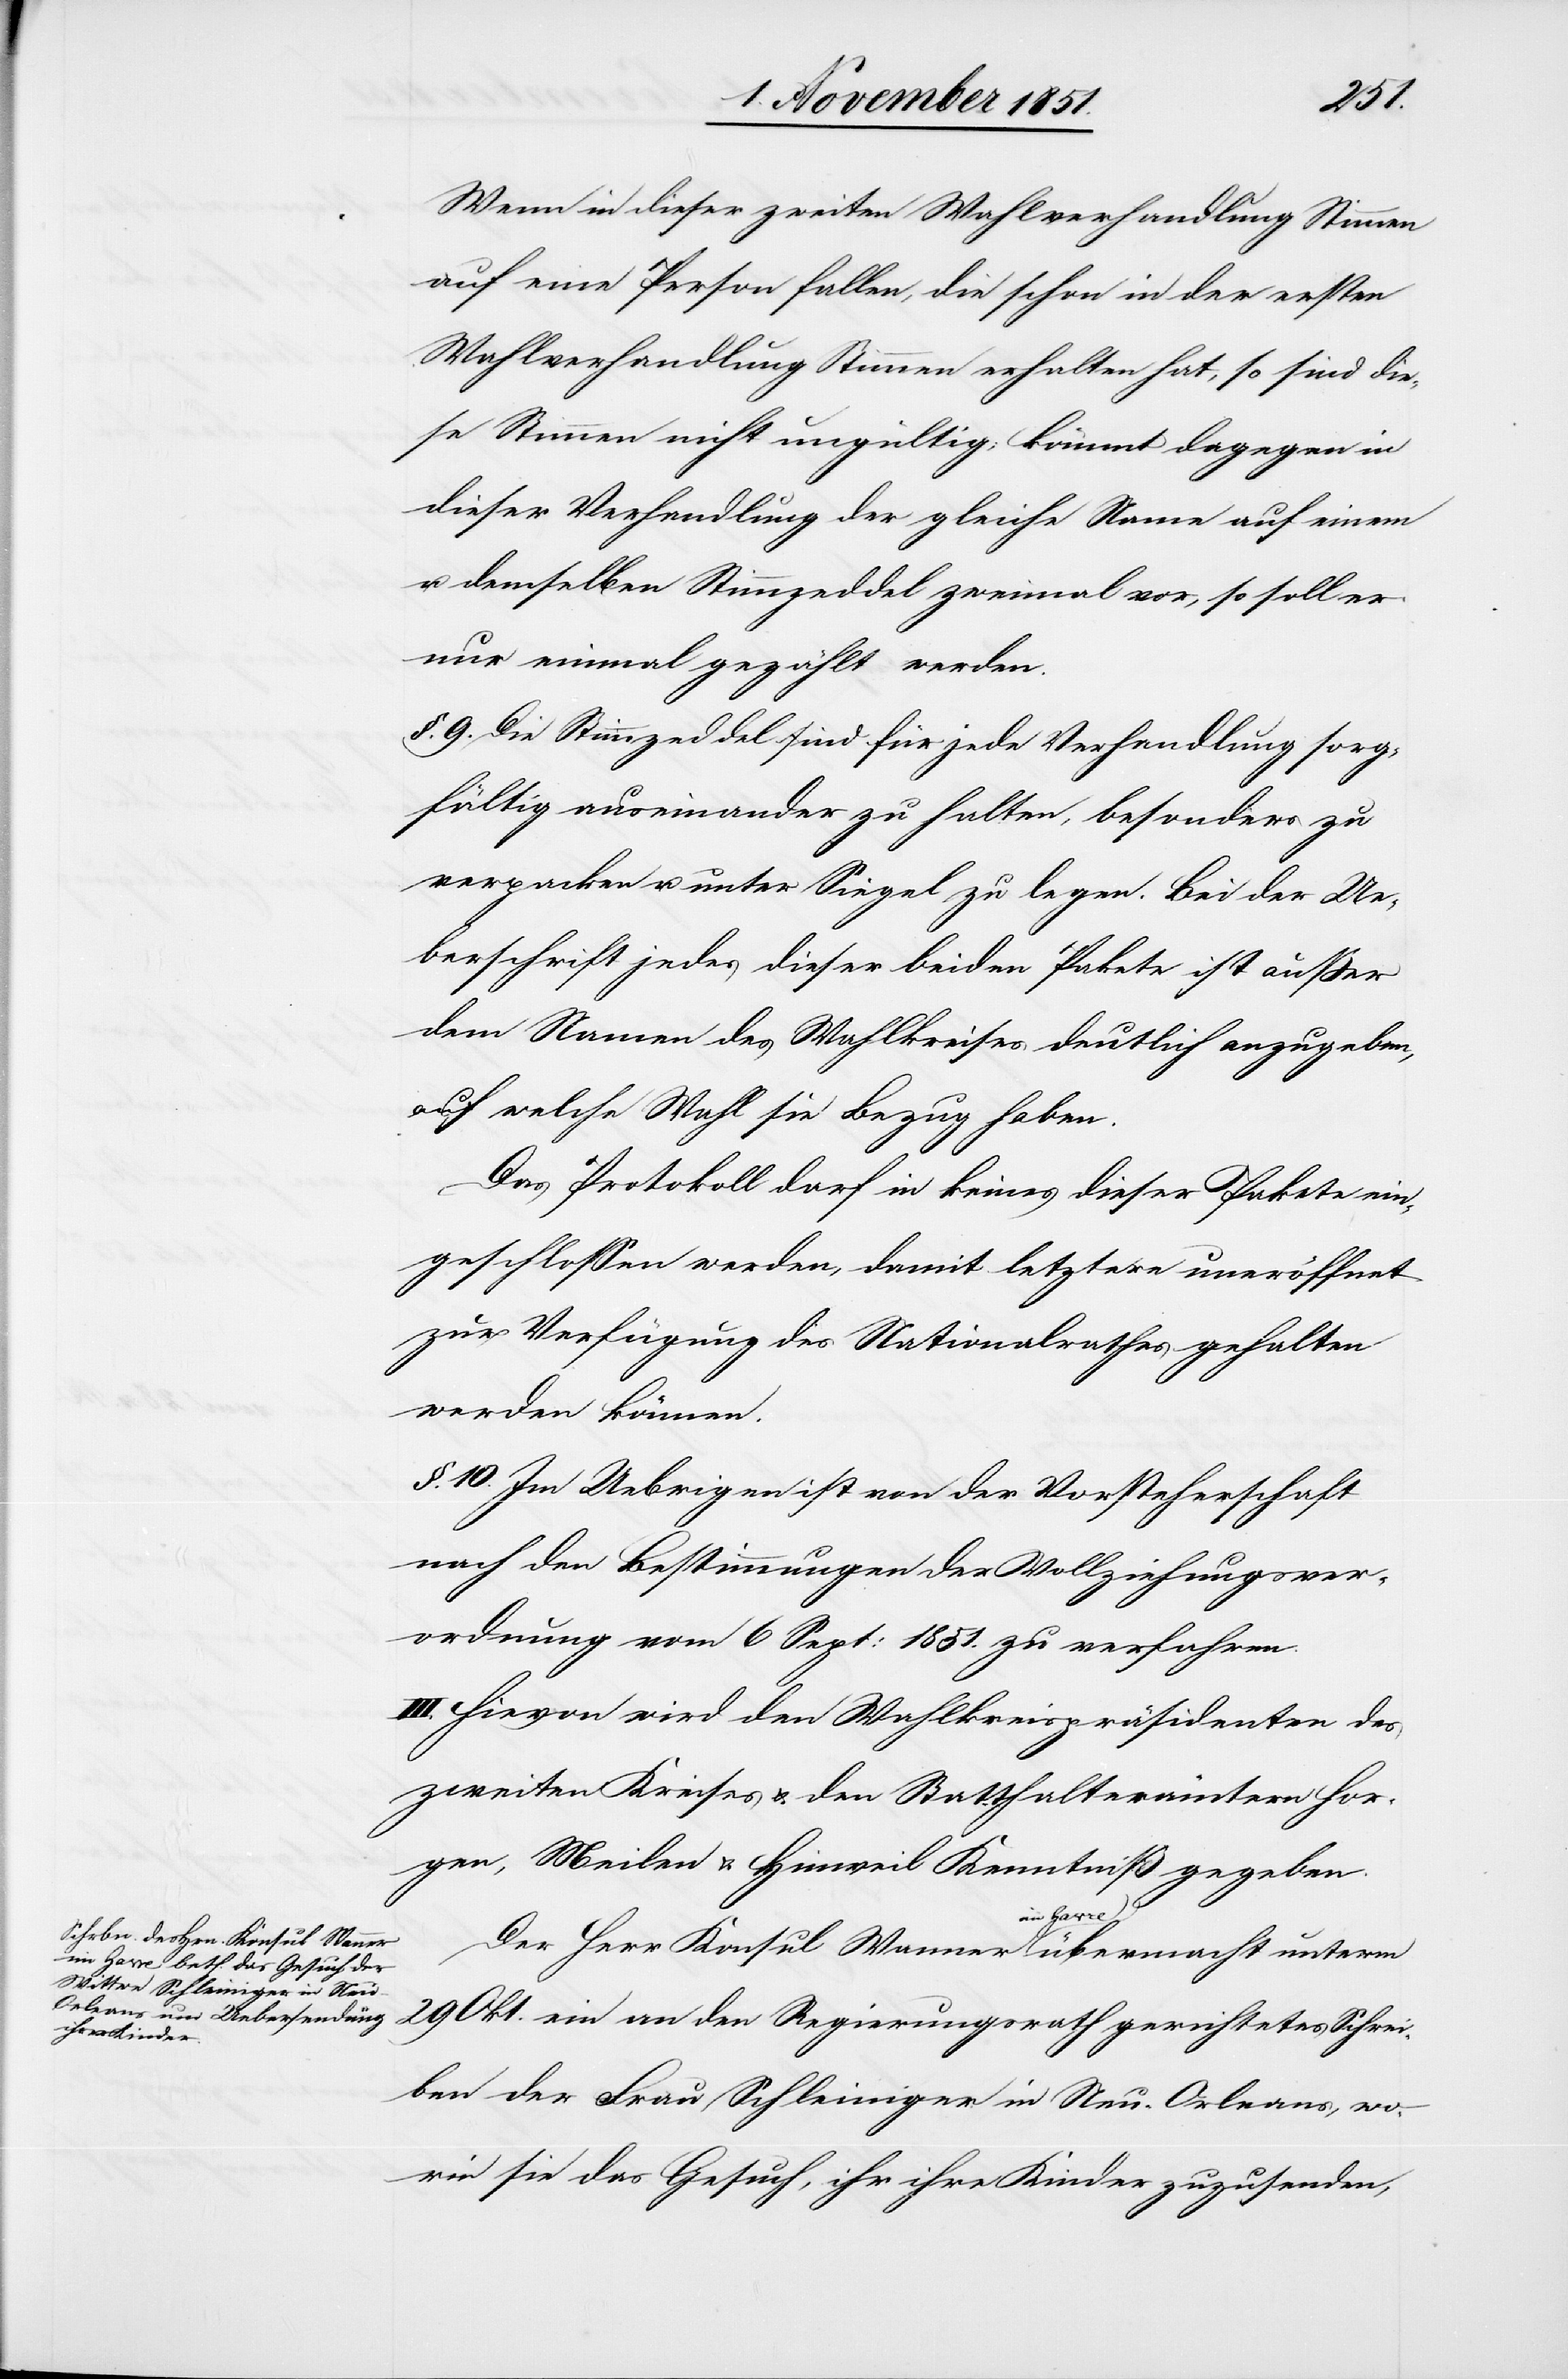
Wenn in dieser zweiten Wahlverhandlung Stimmen
auf eine Person fallen, die schon in der ersten
Wahlverhandlung Stimmen erhalten hat, so sind die¬
se Stimmen nicht ungültig; kömmt dagegen in
dieser Verhandlung der gleiche Name auf einem
u. demselben Stimmzeddel zweimal vor, so soll er
nur einmal gezählt werden.
§. 9. Die Stimmzeddel sind für jede Verhandlung sorg¬
fältig auseinander zu halten, besonders zu
verpacken u. unter Siegel zu legen. Bei der Ue¬
berschrift jedes dieser beiden Pakete ist außer
dem Namen des Wahlkreises deutlich anzugeben,
auf welche Wahl sie Bezug haben.
Das Protokoll darf in keines dieser Pakete ein¬
geschlossen werden, damit letztere uneröffnet
zur Verfügung des Nationalrathes gehalten
werden können.
§. 10. Im Uebrigen ist von der Vorsteherschaft
nach den Bestimmungen der Vollziehungsver¬
ordnung vom 6 Sept: 1851. zu verfahren.
III. Hievon wird den Wahlkreispräsidenten des
zweiten Kreises & den Statthalterämtern Hor¬
gen, Meilen & Hinweil Kenntniß gegeben.
Der Herr Konsul Wanner im Havre übermacht unterm
29 Okt. ein an den Regierungsrath gerichtetes Schrei¬
ben der Frau Schleiniger in Neu-Orleans, wo¬
rin sie das Gesuch, ihr ihre Kinder zuzusenden,